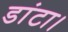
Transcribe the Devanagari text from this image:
डांटा।